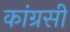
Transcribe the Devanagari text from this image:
कांग्रसी